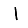
Digit: 1